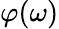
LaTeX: \varphi(\omega)